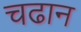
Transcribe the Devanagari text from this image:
चढान